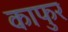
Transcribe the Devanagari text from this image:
काफुर